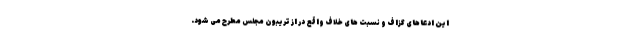
این ادعاهای گزاف و نسبت های خلاف واقع در از تریبون مجلس مطرح می شود.